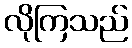
လိုကြသည်